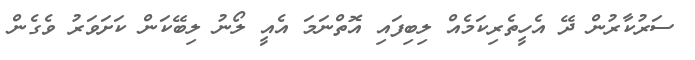
ސަރުކާރުން ދޭ އެހީތެރިކަމެއް ލިބިފައި އޮތްނަމަ އެއީ ލޯނު ލިބޭކަން ކަށަވަރު ވެގެން